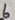
Text: 6